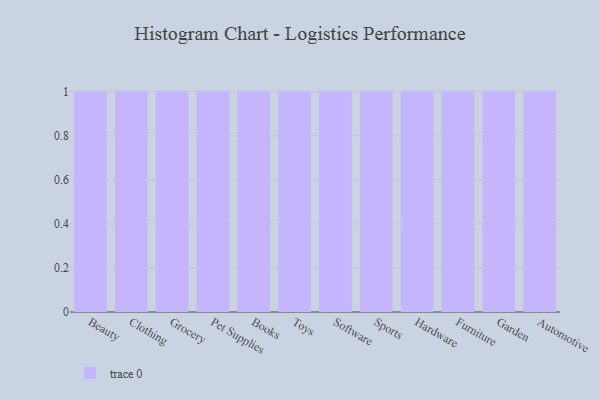
{"axis": {"x": "Category", "y": "Operating Costs (USD K)"}, "legend": [""], "data": [{"x": "Beauty", "y": 14, "type": ""}, {"x": "Clothing", "y": 100, "type": ""}, {"x": "Grocery", "y": 14, "type": ""}, {"x": "Pet Supplies", "y": 10, "type": ""}, {"x": "Books", "y": 36, "type": ""}, {"x": "Toys", "y": 91, "type": ""}, {"x": "Software", "y": 76, "type": ""}, {"x": "Sports", "y": 77, "type": ""}, {"x": "Hardware", "y": 44, "type": ""}, {"x": "Furniture", "y": 70, "type": ""}, {"x": "Garden", "y": 65, "type": ""}, {"x": "Automotive", "y": 84, "type": ""}]}